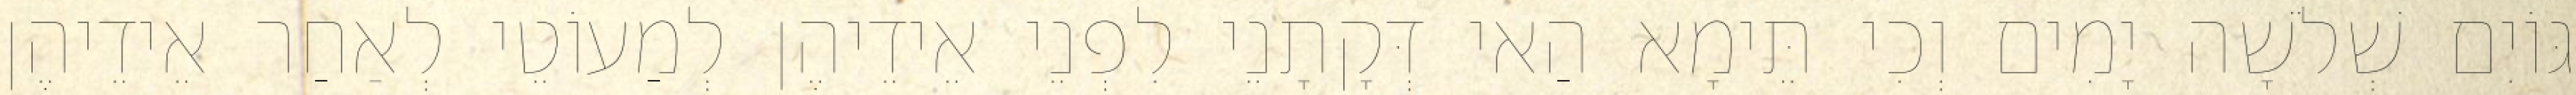
גּוֹיִם שְׁלֹשָׁה יָמִים וְכִי תֵּימָא הַאי דְּקָתָנֵי לִפְנֵי אֵידֵיהֶן לְמַעוֹטֵי לְאַחַר אֵידֵיהֶן